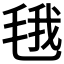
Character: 𮳂